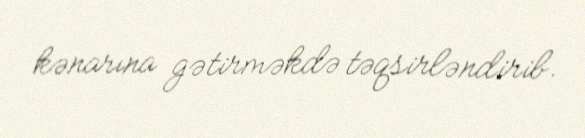
kənarına gətirməkdə təqsirləndirib.